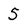
Character: 5